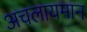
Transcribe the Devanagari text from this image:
अचलायमान